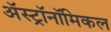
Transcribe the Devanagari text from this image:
अॅस्ट्रॉनॉमिकल